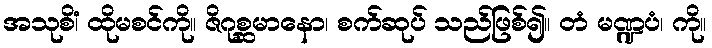
အသုစိံ၊ ထိုမစင်ကို။ ဇိဂုစ္ဆမာနော၊ စက်ဆုပ် သည်ဖြစ်၍။ တံ မဏ္ဍပံ၊ ကို။